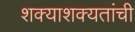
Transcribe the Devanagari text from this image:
शक्याशक्यतांची